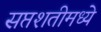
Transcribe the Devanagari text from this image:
सप्तशतीमध्ये